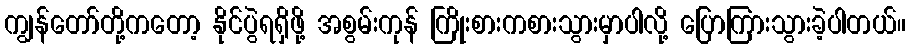
ကျွန်တော်တို့ကတော့ နိုင်ပွဲရရှိဖို့ အစွမ်းကုန် ကြိုးစားကစားသွားမှာပါလို့ ပြောကြားသွားခဲ့ပါတယ်။